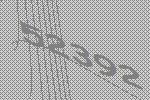
52392